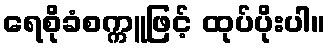
ရေစိုခံစက္ကူဖြင့် ထုပ်ပိုးပါ။